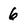
Character: 6